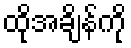
ထိုအချိန်ကို